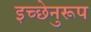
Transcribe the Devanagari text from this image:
इच्छेनुरूप